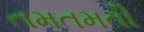
તમતમતી